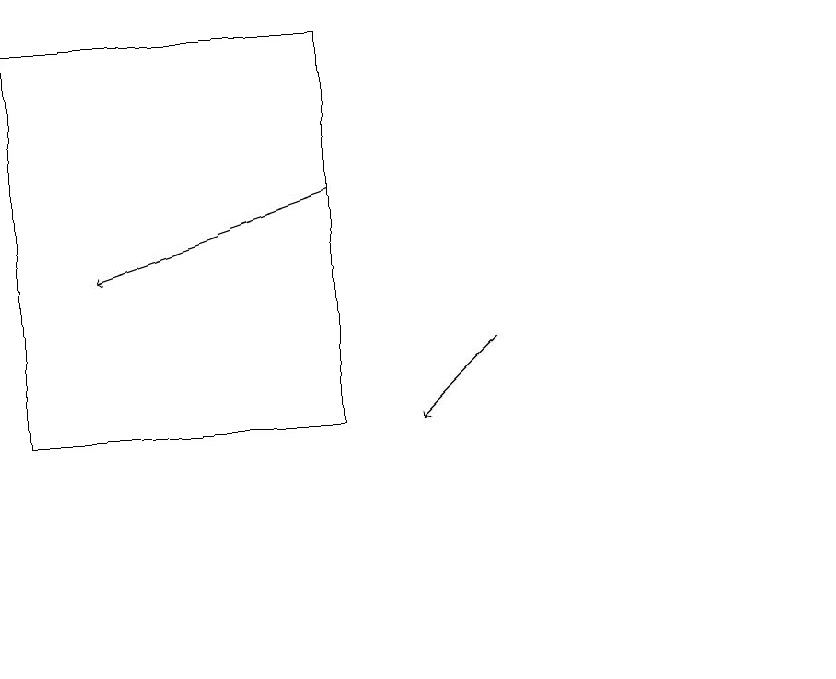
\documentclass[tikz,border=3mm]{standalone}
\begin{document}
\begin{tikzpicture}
\draw[->] (6,15) -- (5,14);
\draw[->] (4,17) -- (1,16);
\draw (10,11) circle (0);
\draw (0,19) rectangle (4,14);
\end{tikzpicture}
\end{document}